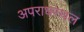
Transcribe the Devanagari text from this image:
अपराधस्थल